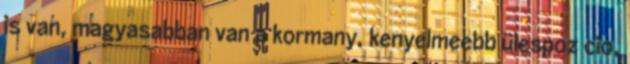
is van, magyasabban van a kormany, kenyelmeebb ülespoz cio,